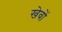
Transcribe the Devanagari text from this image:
खेवों